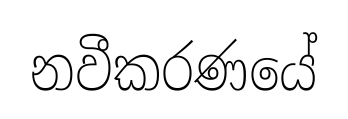
නවීකරණයේ